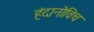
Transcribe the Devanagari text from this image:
हंदानोविच